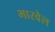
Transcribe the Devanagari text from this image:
भारवेल